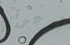
لدعوتي